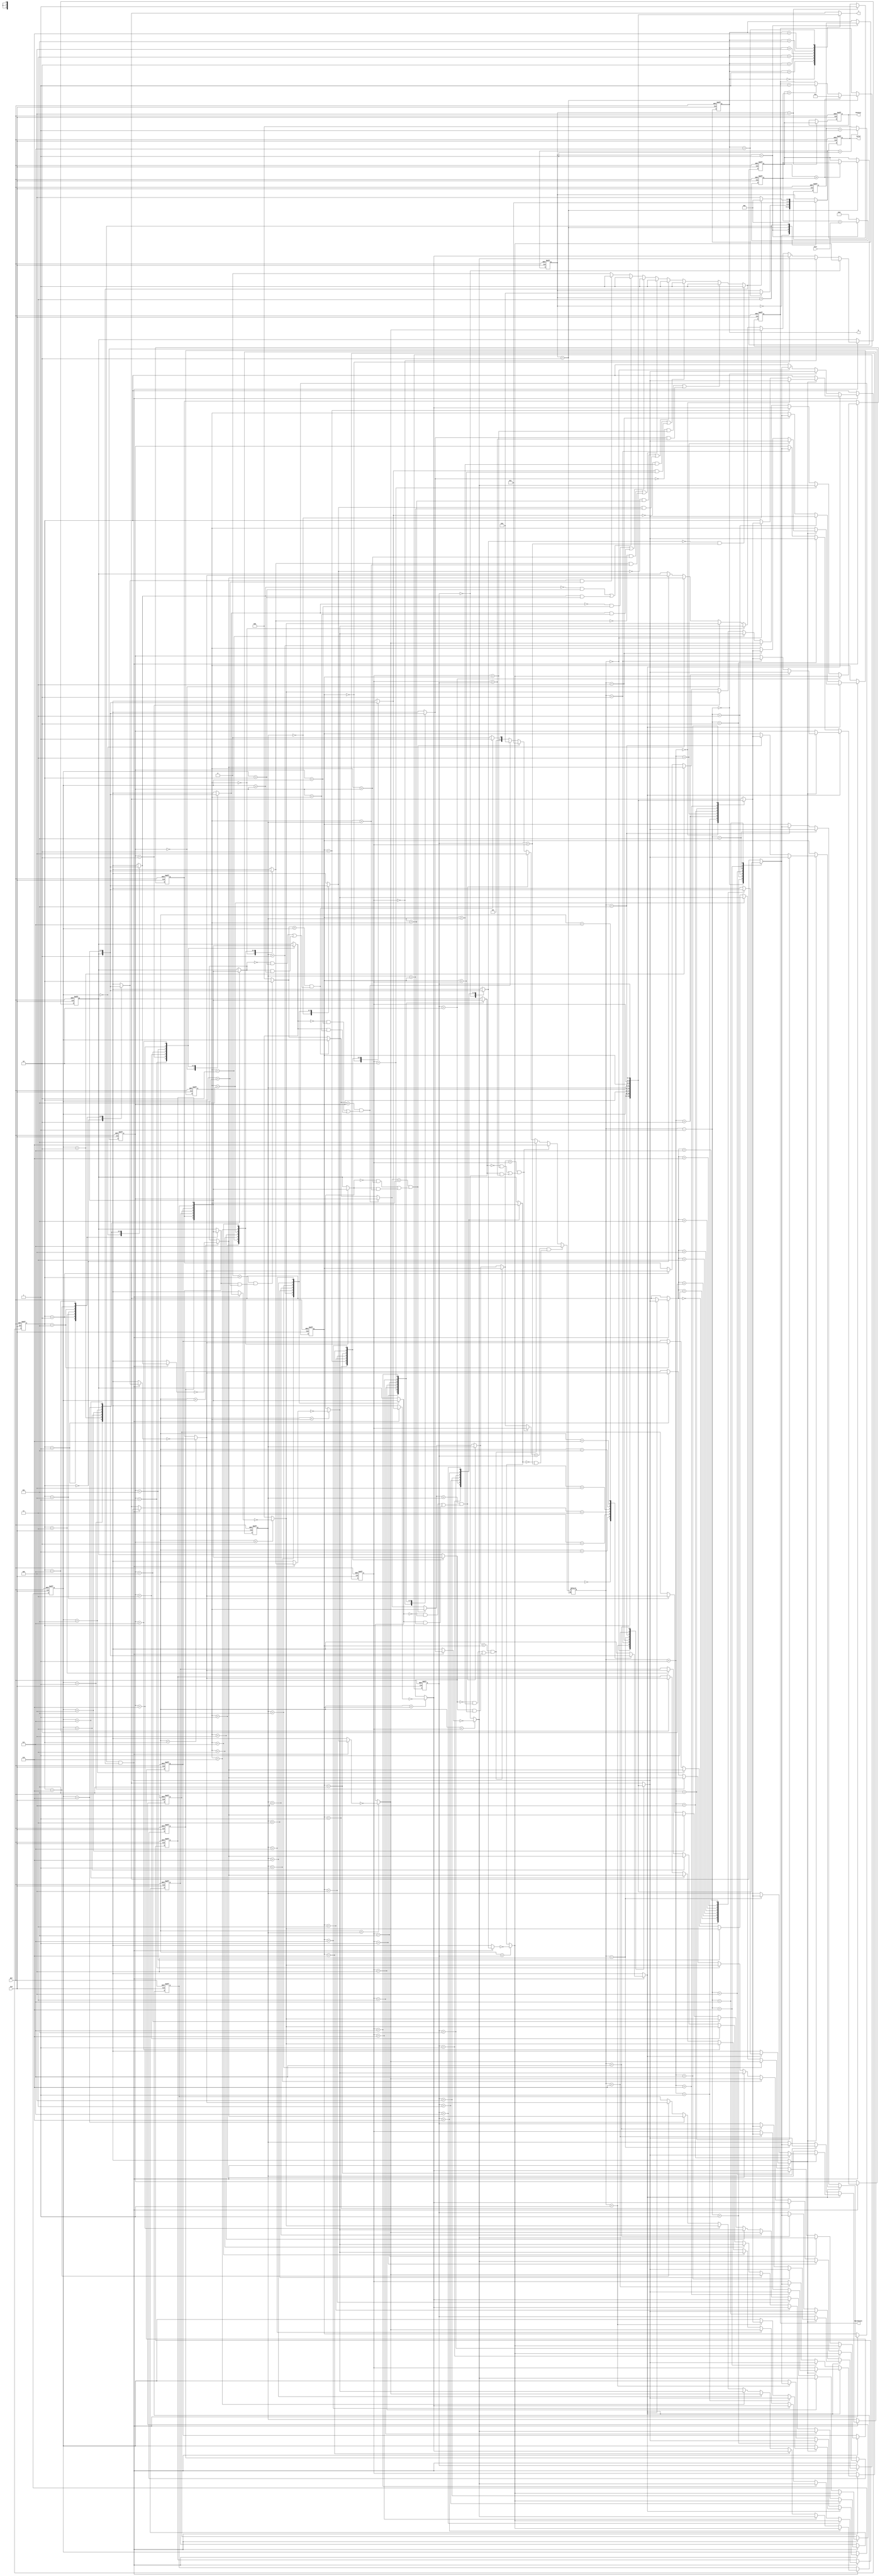
module JAM (
input CLK,
input RST,
output reg [2:0] W,
output reg [2:0] J,
input [6:0] Cost,
output reg [3:0] MatchCount,
output reg [9:0] MinCost,
output reg Valid );

reg [2:0] n_state;
reg [2:0] c_state;

reg [2:0] max_index;
reg [2:0] max;
reg [2:0] sortlist [0:7];
reg directions [0:7];
reg sortable;
reg [2:0] list_index;
reg [9:0] cost_sum;
reg [9:0] cost_min;

parameter IDLE          = 3'd0,
          CAL_COST      = 3'd1,
          MIN_CONFIRM   = 3'd2,
          MOVE          = 3'd3,
          FIN           = 3'd4
;

//c_state
always@(posedge CLK or posedge RST) begin
    if (RST) c_state <= IDLE;
    else c_state <= n_state;
end

//n_state
always@(*) begin
    case(c_state)
        IDLE : n_state = CAL_COST;
        CAL_COST : n_state = (W == 3'd7) ? MIN_CONFIRM : c_state;
        MIN_CONFIRM : n_state = MOVE;
        MOVE : n_state = (sortable == 1'b0) ? FIN : CAL_COST;
        default : n_state = c_state;
    endcase
end

//list_index
always @(posedge CLK or posedge RST) begin
    if(RST) list_index <= 3'd0;
    else if(n_state == CAL_COST) list_index <= list_index + 3'd1;
    else list_index <= 3'd0;
end

//sortlist
always @(posedge CLK or posedge RST) begin
    if(RST)begin
        sortlist[0] <= 3'd0;
        sortlist[1] <= 3'd1;
        sortlist[2] <= 3'd2;
        sortlist[3] <= 3'd3;
        sortlist[4] <= 3'd4;
        sortlist[5] <= 3'd5;
        sortlist[6] <= 3'd6;
        sortlist[7] <= 3'd7;
    end
    else if(c_state == MOVE && sortable == 1'b1)begin
        if(directions[sortlist[max_index]] == 1'b0)begin
            sortlist[max_index] <= sortlist[max_index-1];
            sortlist[max_index-1] <= sortlist[max_index];
        end
        else if(directions[sortlist[max_index]] == 1'b1)begin
            sortlist[max_index] <= sortlist[max_index+1];
            sortlist[max_index+1] <= sortlist[max_index];
        end
    end
end

//directions
always @(posedge CLK or posedge RST) begin
    if(RST)begin
        directions[0] <= 1'b0;
        directions[1] <= 1'b0;
        directions[2] <= 1'b0;
        directions[3] <= 1'b0;

        directions[4] <= 1'b0;
        directions[5] <= 1'b0;
        directions[6] <= 1'b0;
        directions[7] <= 1'b0;
    end
    else if(c_state == MOVE && sortable == 1'b1)begin
        directions[sortlist[0]] <= (sortlist[max_index] < sortlist[0]) ? ~directions[sortlist[0]] : directions[sortlist[0]];
        directions[sortlist[1]] <= (sortlist[max_index] < sortlist[1]) ? ~directions[sortlist[1]] : directions[sortlist[1]];
        directions[sortlist[2]] <= (sortlist[max_index] < sortlist[2]) ? ~directions[sortlist[2]] : directions[sortlist[2]];
        directions[sortlist[3]] <= (sortlist[max_index] < sortlist[3]) ? ~directions[sortlist[3]] : directions[sortlist[3]];

        directions[sortlist[4]] <= (sortlist[max_index] < sortlist[4]) ? ~directions[sortlist[4]] : directions[sortlist[4]];
        directions[sortlist[5]] <= (sortlist[max_index] < sortlist[5]) ? ~directions[sortlist[5]] : directions[sortlist[5]];
        directions[sortlist[6]] <= (sortlist[max_index] < sortlist[6]) ? ~directions[sortlist[6]] : directions[sortlist[6]];
        directions[sortlist[7]] <= (sortlist[max_index] < sortlist[7]) ? ~directions[sortlist[7]] : directions[sortlist[7]];
    end
end

//max_index && max
always @(*) begin
    if(c_state == MIN_CONFIRM)begin
        max_index = 3'd0;
        max = 3'd0;
        if(max < sortlist[0] && (directions[sortlist[0]] == 1'b1 && sortlist[0] > sortlist[1]))begin
            max = sortlist[0];
            max_index = 3'd0;
        end
        if(max < sortlist[1] &&((directions[sortlist[1]] == 1'b0 && sortlist[1] > sortlist[0])||(directions[sortlist[1]] == 1'b1 && sortlist[1] > sortlist[2])))begin
            max = sortlist[1];
            max_index = 3'd1;
        end
        if(max < sortlist[2] &&((directions[sortlist[2]] == 1'b0 && sortlist[2] > sortlist[1])||(directions[sortlist[2]] == 1'b1 && sortlist[2] > sortlist[3])))begin
            max = sortlist[2];
            max_index = 3'd2;
        end
        if(max < sortlist[3] &&((directions[sortlist[3]] == 1'b0 && sortlist[3] > sortlist[2])||(directions[sortlist[3]] == 1'b1 && sortlist[3] > sortlist[4])))begin
            max = sortlist[3];
            max_index = 3'd3;
        end
        if(max < sortlist[4] &&((directions[sortlist[4]] == 1'b0 && sortlist[4] > sortlist[3])||(directions[sortlist[4]] == 1'b1 && sortlist[4] > sortlist[5])))begin
            max = sortlist[4];
            max_index = 3'd4;
        end
        if(max < sortlist[5] &&((directions[sortlist[5]] == 1'b0 && sortlist[5] > sortlist[4])||(directions[sortlist[5]] == 1'b1 && sortlist[5] > sortlist[6])))begin
            max = sortlist[5];
            max_index = 3'd5;
        end
        if(max < sortlist[6] &&((directions[sortlist[6]] == 1'b0 && sortlist[6] > sortlist[5])||(directions[sortlist[6]] == 1'b1 && sortlist[6] > sortlist[7])))begin
            max = sortlist[6];
            max_index = 3'd6;
        end
        if(max < sortlist[7] &&((directions[sortlist[7]] == 1'b0 && sortlist[7] > sortlist[6])))begin
            max = sortlist[7];
            max_index = 3'd7;
        end
    end
    else begin
        max_index = max_index;
        max = max_index;
    end
end
//sortable
always @(*) begin
    sortable = 1'b0;
    sortable = ( directions[sortlist[0]] == 1'b1 && sortlist[0] > sortlist[1]) ? 1'b1 : sortable;
    sortable = ((directions[sortlist[1]] == 1'b0 && sortlist[1] > sortlist[0])||(directions[sortlist[1]] == 1'b1 && sortlist[1] > sortlist[2])) ? 1'b1 : sortable;
    sortable = ((directions[sortlist[2]] == 1'b0 && sortlist[2] > sortlist[1])||(directions[sortlist[2]] == 1'b1 && sortlist[2] > sortlist[3])) ? 1'b1 : sortable;
    sortable = ((directions[sortlist[3]] == 1'b0 && sortlist[3] > sortlist[2])||(directions[sortlist[3]] == 1'b1 && sortlist[3] > sortlist[4])) ? 1'b1 : sortable;
    sortable = ((directions[sortlist[4]] == 1'b0 && sortlist[4] > sortlist[3])||(directions[sortlist[4]] == 1'b1 && sortlist[4] > sortlist[5])) ? 1'b1 : sortable;
    sortable = ((directions[sortlist[5]] == 1'b0 && sortlist[5] > sortlist[4])||(directions[sortlist[5]] == 1'b1 && sortlist[5] > sortlist[6])) ? 1'b1 : sortable;
    sortable = ((directions[sortlist[6]] == 1'b0 && sortlist[6] > sortlist[5])||(directions[sortlist[6]] == 1'b1 && sortlist[6] > sortlist[7])) ? 1'b1 : sortable;
    sortable = ( directions[sortlist[7]] == 1'b0 && sortlist[7] > sortlist[6]) ? 1'b1 : sortable;
end

//W
always @(posedge CLK or posedge RST) begin
    if(RST) W <= 3'd0;
    else if(c_state == CAL_COST) W <= list_index;
end

//J
always @(*) begin
    J = sortlist[W];
end

//cost_sum
always @(posedge CLK or posedge RST) begin
    if(RST) cost_sum <= 10'd0;
    else if(c_state == CAL_COST) cost_sum <= cost_sum + Cost;
    else cost_sum <= 10'd0;
end

//cost_min
always @(posedge CLK or posedge RST) begin
    if(RST) cost_min <= 10'd1023;
    else if(c_state == MIN_CONFIRM) cost_min <= (cost_min > cost_sum) ? cost_sum : cost_min;
end

//MinCost
always @(posedge CLK or posedge RST) begin
    if(RST) MinCost <= 10'd0;
    else if(c_state == FIN) MinCost <= cost_min;
end

//MatchCount
always @(posedge CLK or posedge RST) begin
    if(RST) MatchCount <= 4'd0;
    else if(c_state == MIN_CONFIRM)begin
        if(cost_min > cost_sum) MatchCount <= 4'd1;
        else if(cost_min == cost_sum) MatchCount <= MatchCount + 4'd1;
    end
end

//Valid
always @(posedge CLK or posedge RST) begin
    if(RST) Valid <= 1'b0;
    else if(c_state == FIN) Valid <= 1'b1;
end

endmodule